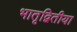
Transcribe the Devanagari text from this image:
भातृद्वितीया